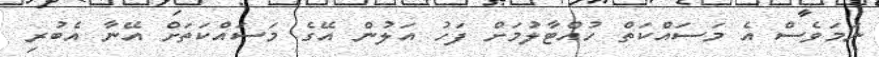
ނަމަވެސް އެ މަސައްކަތް ހުއްޓާލުމަށް ފަހު އަލުން އޭގެ މަސައްކަތަށް އޭނާ އެބުރި